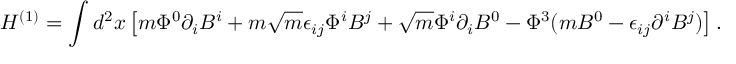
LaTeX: H ^ { ( 1 ) } = \int d ^ { 2 } x \left[ m \Phi ^ { 0 } \partial _ { i } B ^ { i } + m \sqrt { m } \epsilon _ { i j } \Phi ^ { i } B ^ { j } + \sqrt { m } \Phi ^ { i } \partial _ { i } B ^ { 0 } - \Phi ^ { 3 } ( m B ^ { 0 } - \epsilon _ { i j } \partial ^ { i } B ^ { j } ) \right] .